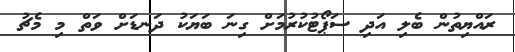
ރައްޔިތުން ބެލި އަދި ސަޕޯޓުކުރުމަށް ގިނަ ބަޔަކު ދަނޑަށް ވަތް މި މެޗު